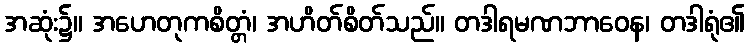
အဆုံး၌။ အဟေတုကစိတ္တံ၊ အဟိတ်စိတ်သည်။ တဒါရမဏဘာဝေန၊ တဒါရုံ၏